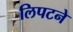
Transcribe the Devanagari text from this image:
लिपटने